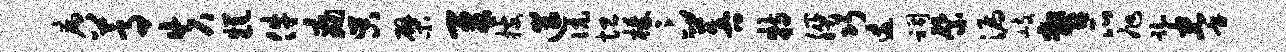
病蒿失糕件痛吴檗犀搜遄伉坦榛卞菩特朕巧逶祠綮漏岐瞥瓜旭踟拳